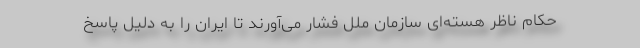
حکام ناظر هسته‌ای سازمان ملل فشار می‌آورند تا ایران را به دلیل پاسخ